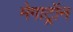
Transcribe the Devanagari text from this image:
मेगाट्रॉन